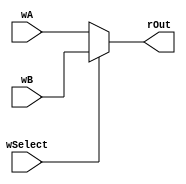
/*
	Multiplexor de 2x1 con tamao parametrizable de las entradas
*/
module Mux2 # ( parameter SIZE=6 )
(
	input wire				wSelect,
	input wire	[SIZE-1:0]	wA,
	input wire	[SIZE-1:0]	wB,
	output reg  [SIZE-1:0]	rOut
);

always @(wSelect)
	begin
		if(wSelect)
			rOut<=wB;
		else
			rOut<=wA;
	end
endmodule